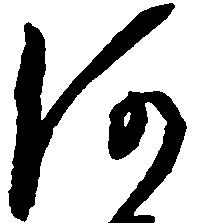
何